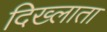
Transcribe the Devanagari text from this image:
दिख्लाता